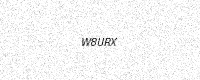
Text: W8URX